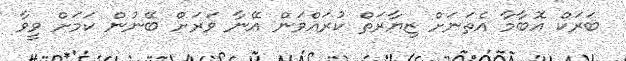
ބަރަކް އޮބާމާ އެތަނަށް ޒިޔާރަތް ކުރައްވަން އޭނާ ވަރަށް ބޭނުން ކަމަށް ވީވާ